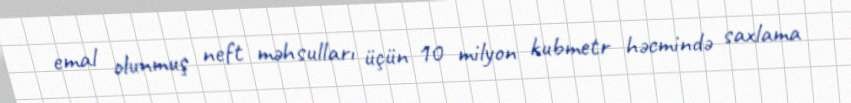
emal olunmuş neft məhsulları üçün 10 milyon kubmetr həcmində saxlama